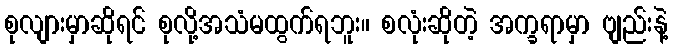
စုလျားမှာဆိုရင် စုလို့အသံမထွက်ရဘူး။ စလုံးဆိုတဲ့ အက္ခရာမှာ ဗျည်းနဲ့